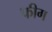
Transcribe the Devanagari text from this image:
फीग